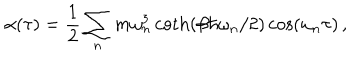
LaTeX: \alpha ( \tau ) = \frac { 1 } { 2 } \sum _ { n } m \omega _ { n } ^ { 3 } \coth ( \beta \hbar \omega _ { n } / 2 ) \cos ( \omega _ { n } \tau ) \, ,